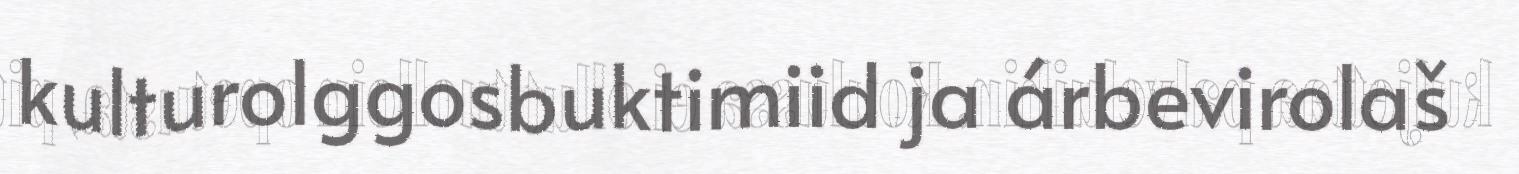
kulturolggosbuktimiid ja árbevirolaš